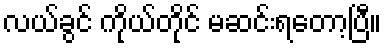
လယ်ခွင် ကိုယ်တိုင် မဆင်းရတော့ပြီ။